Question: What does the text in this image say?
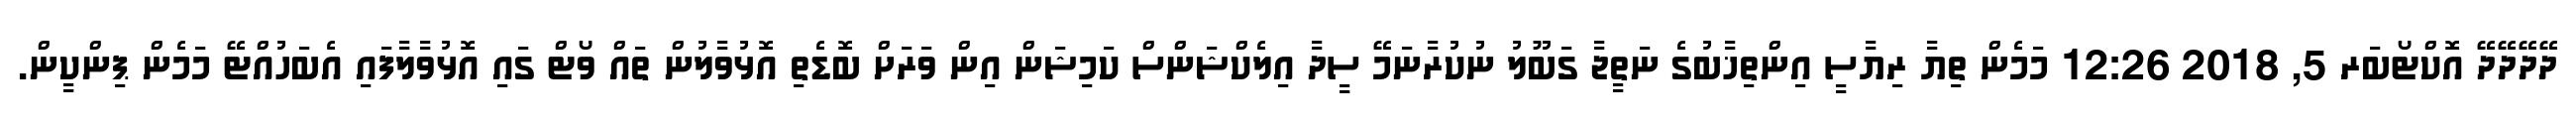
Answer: ދޭދޭދޭދޭ އޮކްޓޯބަރ 5, 2018 12:26 މަމެން ތިޔާ ރިޔާސީ އިންތިޚާބުގެ ނަތީޖާ ގަބޫލު ނުކުރާނަމޭ ސީދާ އިލެކްޝަންސް ކަމިޝަން އިން ވަރަށް ބޮޑެތި އޮޅުވާލުން ތައް ވޯޓް ގައި އޮޅުވާލާފައި އެބަހުއްޓޭ މަމެން ޕިންކީން.